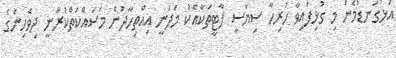
އަޅުގަނޑުމެން މި ގުޅިފައިވާ ހުރިހާ ސިޔާސީ ޕާޓީތަކާއެކު މަދަނީ އިއްތިހާދުން މަސައްކަތްކުރާނީ ދިވެހިންގެ